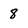
Character: 8